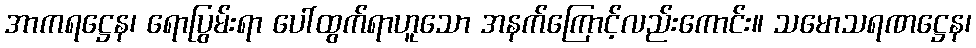
အာကရဋ္ဌေန၊ ရောပြွမ်းရာ ပေါ်ထွက်ရာဟူသော အနက်ကြောင့်လည်းကောင်း။ သမောသရဏဋ္ဌေန၊